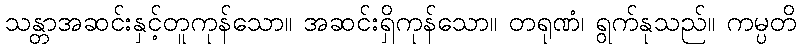
သန္တာအဆင်းနှင့်တူကုန်သော။ အဆင်းရှိကုန်သော။ တရုဏံ၊ ရွက်နုသည်။ ကမ္ပတိ